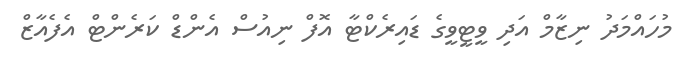
މުހައްމަދު ނިޒާމް އަދި ވީޓީވީގެ ޑައިރެކްޓާ އޮފް ނިއުސް އެންޑް ކަރެންޓް އެފެއާޒް